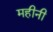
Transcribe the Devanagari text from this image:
महीनी